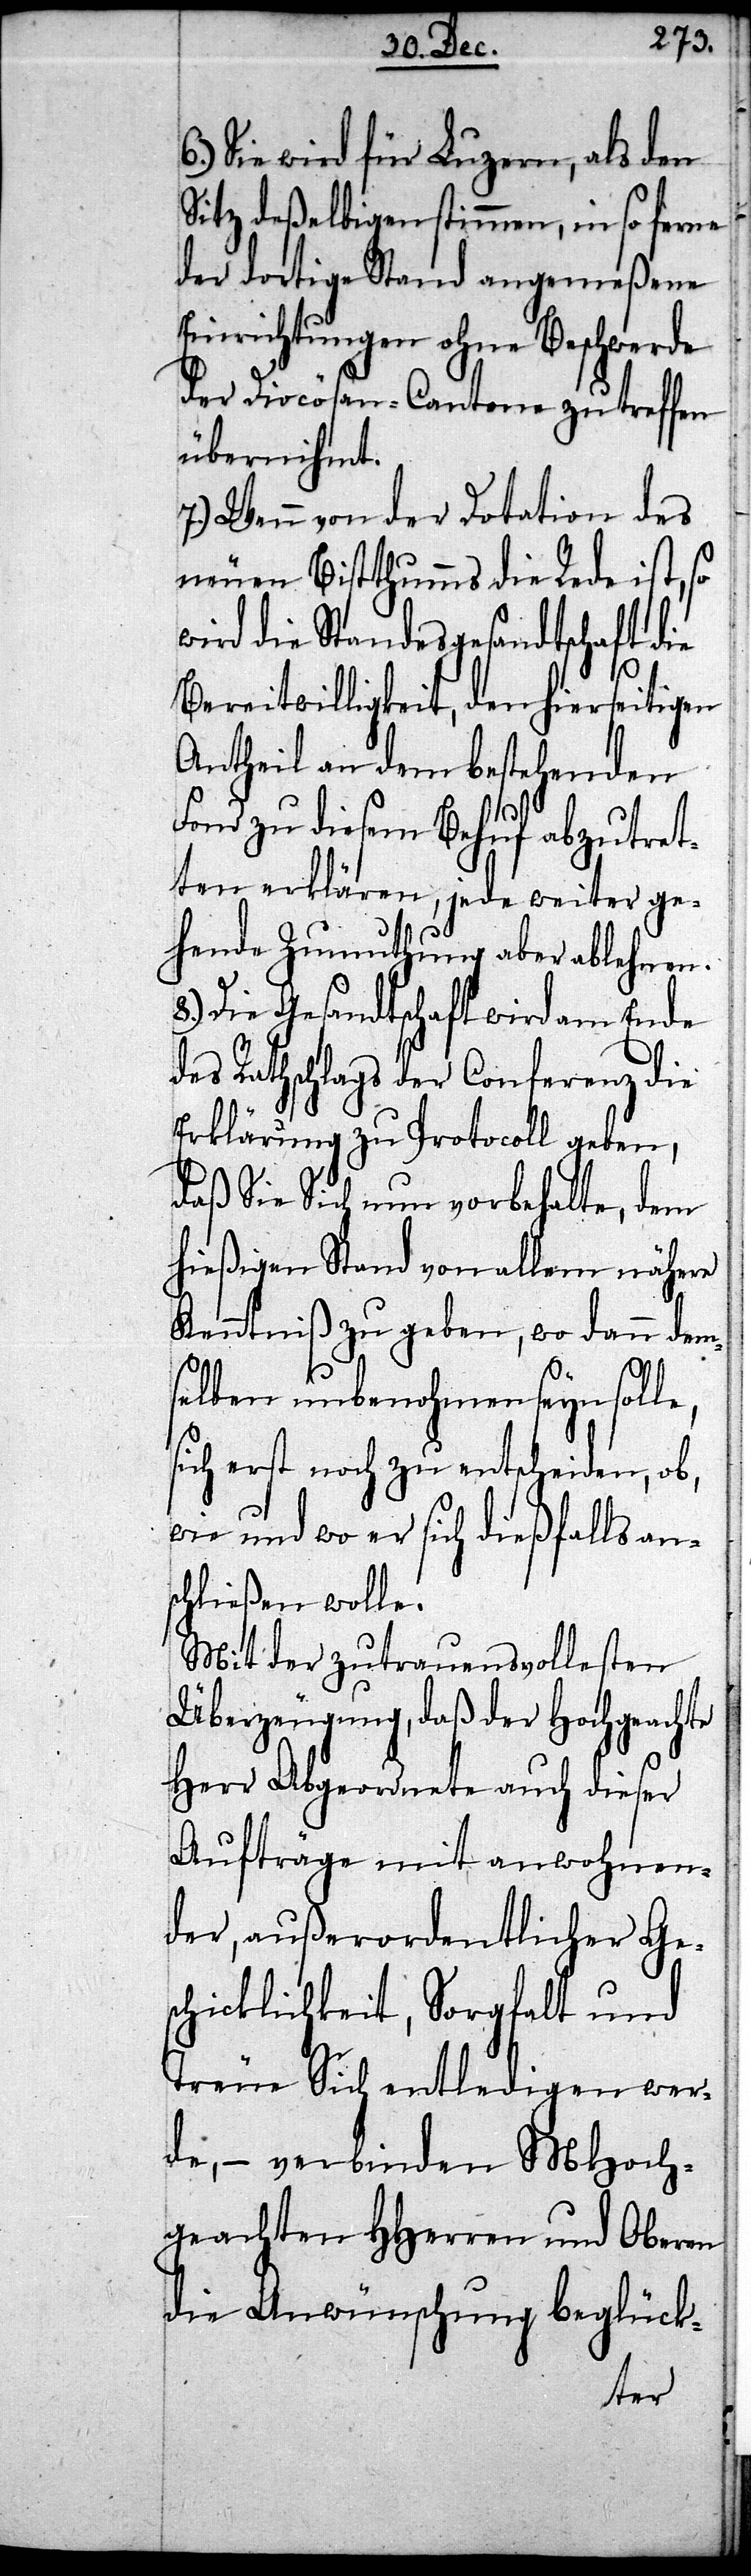
Sie wird für Luzern, als den
Sitz deßelbigen stimmen, in so ferne
der dortige Stand angemeßene
Einrichtungen ohne Beschwerde
der Diocösan-Cantone zu treffen
übernihmt.
7.) Wenn von der Dotation des
neuen Bistthumms die Rede ist, so
wird die Standesgesandtschaft die
Bereitwilligkeit, den hierseitigen
Antheil an dem bestehenden
Fond zu diesem Behuf abzutret¬
ten erklären, jede weiter ge¬
hende Zumuthung aber ablehnen.
8.) Die Gesandtschaft wird am Ende
des Rathschlags der Conferenz die
Erklärung zu Protocoll geben,
daß Sie Sich nun vorbehalte, dem
hießigen Stand von allem nähere
Kenntniß zu geben, wo dann dem¬
selben unbenohmen seyn sol¬
sich erst noch zu entscheiden, ob,
wie und wo er sich dießfalls an¬
schließen wolle.
Mit der zutrauensvollesten
Überzeugung, daß der Hochgeachte
Herr Abgeordnete auch dieser
Aufträge mit anwohnen¬
der, außerordentlicher Ge¬
schicklichkeit, Sorgfalt und
Treue Sich entledigen wer¬
de, – verbinden MHoch¬
geachten HHerren und Oberen
die Anwünschung beglück-
le,